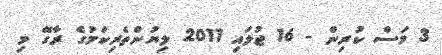
3 މަސް ކުރިން - 16 ޖުލައި 2011 ލިޔުންތެރިކަމުގެ ރާގޭ މި